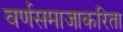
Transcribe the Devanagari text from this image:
वर्णसमाजाकरिता